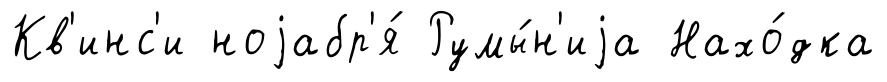
Кв'инс'и ноjабр'я́ Румы́н'иjа Нахо́дка